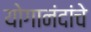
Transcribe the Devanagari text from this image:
योगानंदांचे